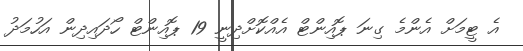
އެ ޓީމަށް އެންމެ ގިނަ ޕޮއިންޓް އެއްކޮށްދިނީ 19 ޕޮއިންޓް ހޯދައިދިން އަހުމަދު